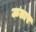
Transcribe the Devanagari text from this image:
ऊतार